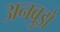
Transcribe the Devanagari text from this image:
अनबुझे